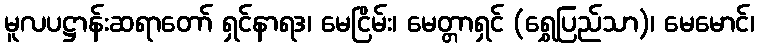
မူလပဋ္ဌာန်းဆရာတော် ရှင်နာရဒ၊ မေငြိမ်း၊ မေတ္တာရှင် (ရွှေပြည်သာ)၊ မေမောင်၊